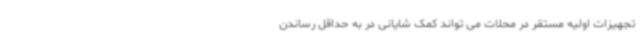
تجهیزات اولیه مستقر در محلات می تواند کمک شایانی در به حداقل رساندن